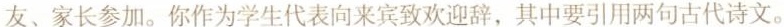
友、家长参加。你作为学生代表向来宾致欢迎辞，其中要引用两句古代诗文。